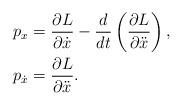
LaTeX: \begin{align*}p_x &= \frac{\partial L}{\partial \dot{x}}-\frac{d}{dt}\left(\frac{\partial L}{\partial \ddot{x}}\right),\\p_{\dot{x}} &= \frac{\partial L}{\partial\ddot{x}}.\end{align*}